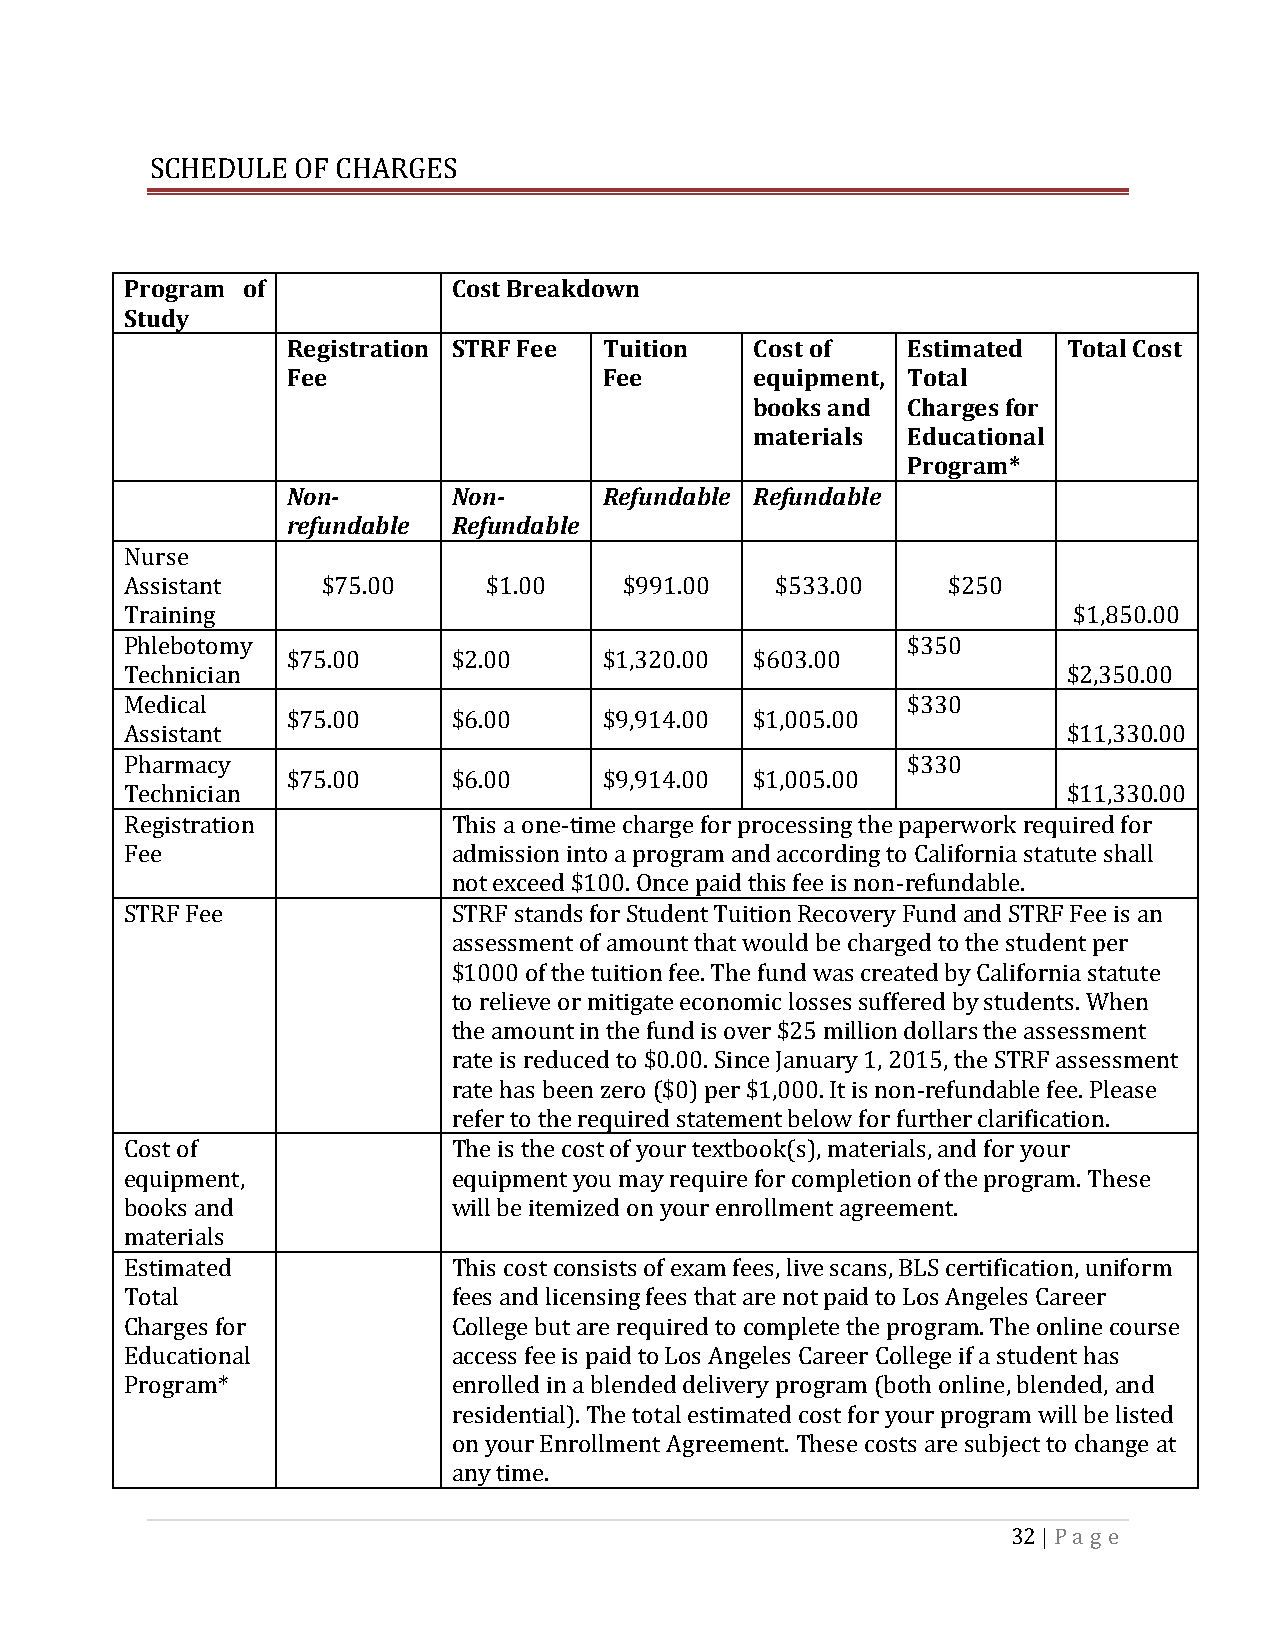
SCHEDULE OF CHARGES
 Program of            Cost Breakdown
 Study
 Registration STRF Fee Tuition  Cost of   Estimated  Total Cost
 Fee                  Fee       equipment, Total
 books and Charges for
 materials Educational
 Program*
 Non-       Non-      Refundable Refundable
 refundable Refundable
 Nurse
 Assistant    $75.00     $1.00    $991.00   $533.00     $250
 Training                                                       $1,850.00
 Phlebotomy                                          $350
 $75.00     $2.00     $1,320.00 $603.00
 Technician                                                     $2,350.00
 Medical                                             $330
 $75.00     $6.00     $9,914.00 $1,005.00
 Assistant                                                      $11,330.00
 Pharmacy                                            $330
 $75.00     $6.00     $9,914.00 $1,005.00
 Technician                                                     $11,330.00
 Registration          This a one-time charge for processing the paperwork required for
 Fee                   admission into a program and according to California statute shall
 not exceed $100. Once paid this fee is non-refundable.
 STRF Fee              STRF stands for Student Tuition Recovery Fund and STRF Fee is an
 assessment of amount that would be charged to the student per
 $1000 of the tuition fee. The fund was created by California statute
 to relieve or mitigate economic losses suffered by students. When
 the amount in the fund is over $25 million dollars the assessment
 rate is reduced to $0.00. Since January 1, 2015, the STRF assessment
 rate has been zero ($0) per $1,000. It is non-refundable fee. Please
 refer to the required statement below for further clarification.
 Cost of               The is the cost of your textbook(s), materials, and for your
 equipment,            equipment you may require for completion of the program. These
 books and             will be itemized on your enrollment agreement.
 materials
 Estimated             This cost consists of exam fees, live scans, BLS certification, uniform
 Total                 fees and licensing fees that are not paid to Los Angeles Career
 Charges for           College but are required to complete the program. The online course
 Educational           access fee is paid to Los Angeles Career College if a student has
 Program*              enrolled in a blended delivery program (both online, blended, and
 residential). The total estimated cost for your program will be listed
 on your Enrollment Agreement. These costs are subject to change at
 any time.
 32 | Pa g e